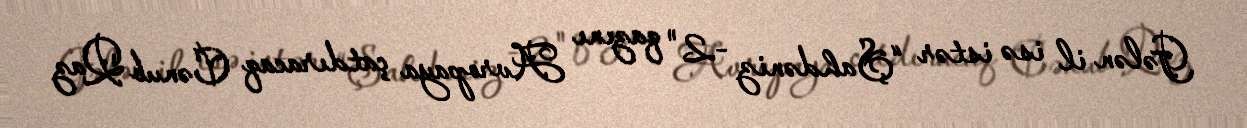
Gələn il isə istər “Şahdəniz -2" qazını Avropaya çatdıracaq Cənub Qaz